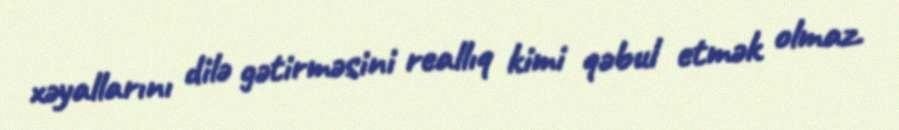
xəyallarını dilə gətirməsini reallıq kimi qəbul etmək olmaz.